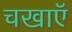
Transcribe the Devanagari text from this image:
चखाएॅ